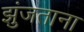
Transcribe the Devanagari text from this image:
झुंजताना